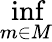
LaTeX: \operatorname*{inf}_{m\in M}